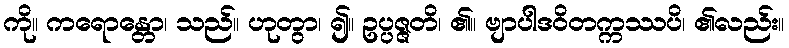
ကို။ ကရောန္တော၊ သည်။ ဟုတွာ၊ ၍။ ဥပ္ပဇ္ဇတိ၊ ၏။ ဗျာပါဒဝိတက္ကဿပိ၊ ၏လည်း။